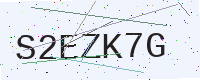
Text: S2EZK7G